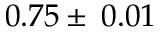
0 . 7 5 \pm \: 0 . 0 1